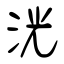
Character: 洸